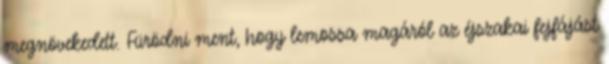
megnövekedett. Fürödni ment, hogy lemossa magáról az éjszakai fejfájást